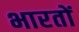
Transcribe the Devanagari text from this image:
भारतों